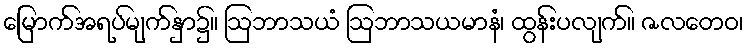
မြောက်အရပ်မျက်နှာ၌။ ဩဘာသယံ ဩဘာသယမာနံ၊ ထွန်းပလျက်။ ဇလတေဝ၊